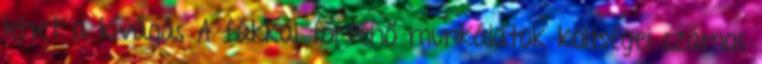
lehet a kivágás A fákkal történő munkálatok költségei számos